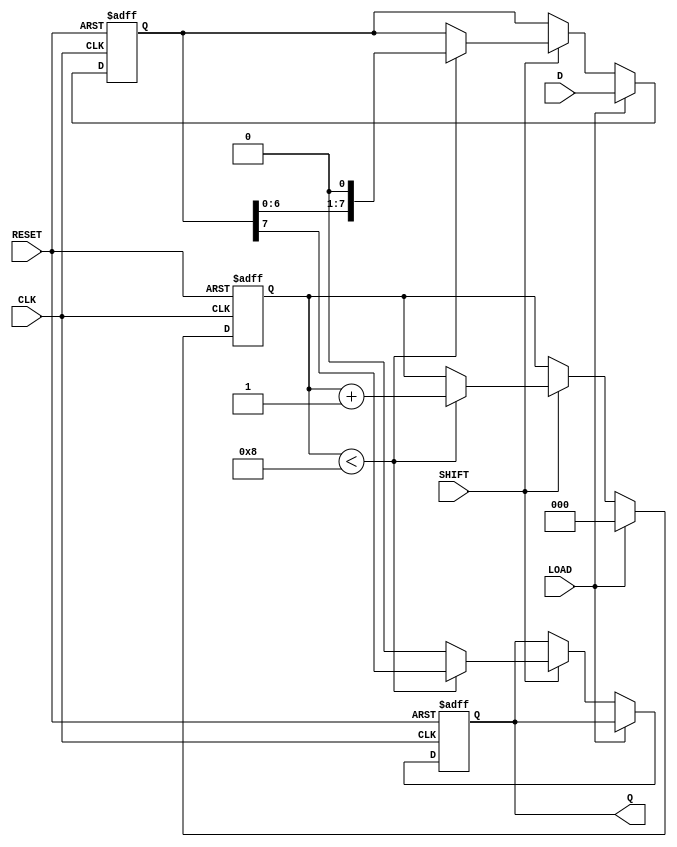
module Dynamic_PISO_Register #(
    parameter WIDTH = 8  // Width of the register (number of parallel input lines)
) (
    input wire [WIDTH-1:0] D,    // Parallel data input
    input wire LOAD,              // Load control signal
    input wire SHIFT,             // Shift control signal
    input wire CLK,               // Clock signal
    input wire RESET,             // Reset signal
    output reg Q                 // Serial output
);

    // Internal register to hold the data
    reg [WIDTH-1:0] shift_reg;
    reg [2:0] shift_count; // Counts the number of shifts performed

    always @(posedge CLK or posedge RESET) begin
        if (RESET) begin
            // Clear the shift register and output on reset
            shift_reg <= 0;
            Q <= 0;
            shift_count <= 0;
        end else begin
            if (LOAD) begin
                // Load parallel data into the shift register
                shift_reg <= D;
                shift_count <= 0; // Reset shift count
            end else if (SHIFT) begin
                // Shift operation
                if (shift_count < WIDTH) begin
                    // Shift out the most significant bit first
                    Q <= shift_reg[WIDTH-1]; // Output the MSB
                    shift_reg <= {shift_reg[WIDTH-2:0], 1'b0}; // Shift left
                    shift_count <= shift_count + 1; // Increment shift count
                end else begin
                    // No more bits to shift
                    Q <= 1'b0; // Optional: Drive Q low when done shifting
                end
            end
        end
    end

endmodule